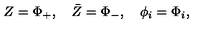
Z = \Phi _ { + } , \quad \bar { Z } = \Phi _ { - } , \quad \phi _ { i } = \Phi _ { i } ,